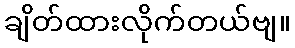
ချိတ်ထားလိုက်တယ်ဗျ။